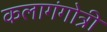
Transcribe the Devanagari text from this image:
कलागंगोत्री